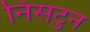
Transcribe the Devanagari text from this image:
निसटुन